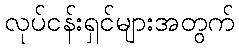
လုပ်ငန်းရှင်များအတွက်